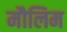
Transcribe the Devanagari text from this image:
मौलिम